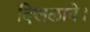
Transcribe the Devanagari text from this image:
दिखलावे।